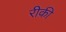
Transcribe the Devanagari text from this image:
रीकी